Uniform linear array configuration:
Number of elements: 48
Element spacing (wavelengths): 0.25
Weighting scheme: hann
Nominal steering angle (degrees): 45
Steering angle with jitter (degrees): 43.023
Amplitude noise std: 0.05
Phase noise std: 0.05

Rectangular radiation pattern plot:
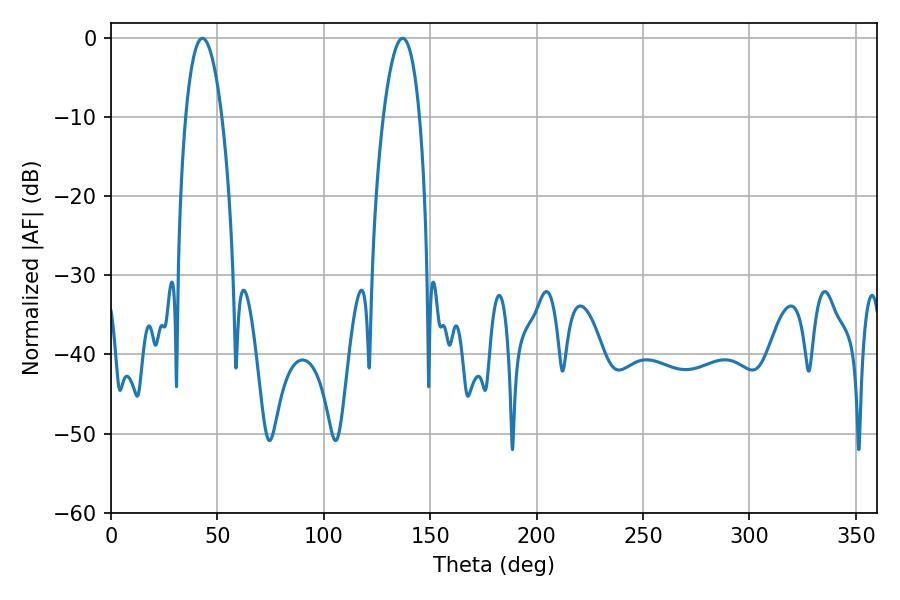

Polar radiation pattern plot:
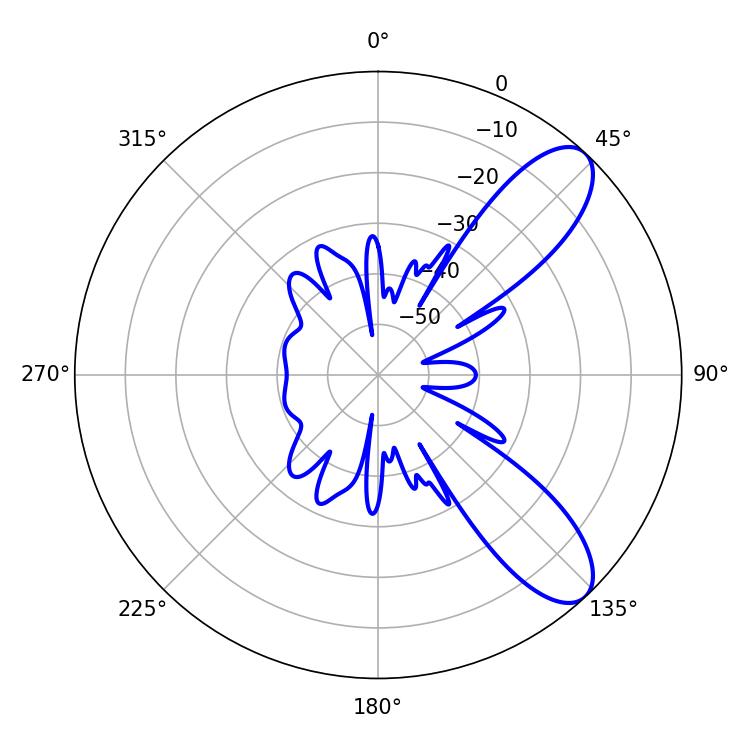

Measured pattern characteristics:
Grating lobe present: FALSE
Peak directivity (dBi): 9.18
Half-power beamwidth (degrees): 9.54
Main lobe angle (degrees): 43.02